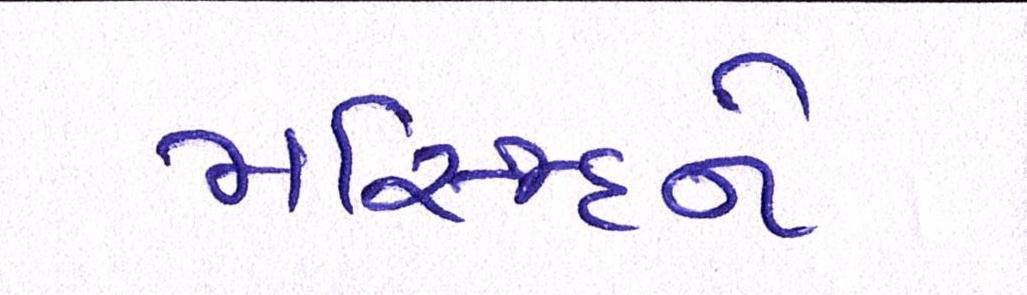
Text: મસ્જિદને